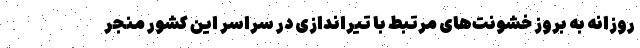
روزانه به بروز خشونت‌های مرتبط با تیراندازی در سراسر این کشور منجر